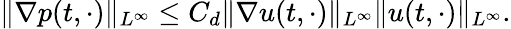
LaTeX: \| \nabla p(t,\cdot)\| _{L^{\infty}}\leq C_{d}\| \nabla u(t,\cdot)\| _{L^{\infty}}\| u(t,\cdot)\| _{L^{\infty}}.